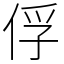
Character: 俘